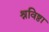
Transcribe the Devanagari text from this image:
श्रविष्ठा